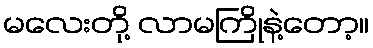
မလေးတို့ လာမကြိုနဲ့တော့။